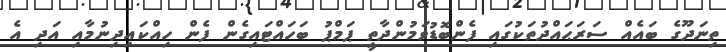
ތިނަދޫގެ ބައެއް ސަރަޙައްދުތަކުގައި ފެންބޮޑުވަމުންދާތީ ޕަމްޕު ބަހައްޓައިގެން ފެން ހިއްކައިދިނުމާއި އަދި އެ